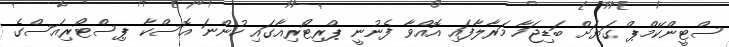
ސްޓީންކޭމްޕް ގަޔަށް ބަޑިޖަހާ މަރާލާފައި އޮއްވާ ފެނުނީ ޕްރިޓޯރިއާގައި ހުންނަ އޮސްކާ ޕިސްޓޯރިއަސްގެ